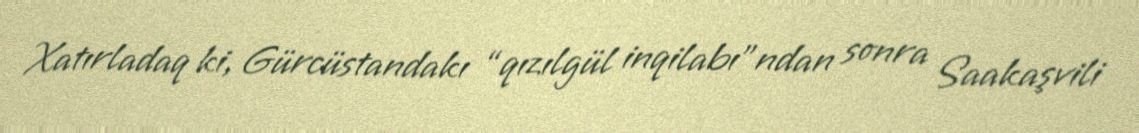
Xatırladaq ki, Gürcüstandakı “qızılgül inqilabı”ndan sonra Saakaşvili